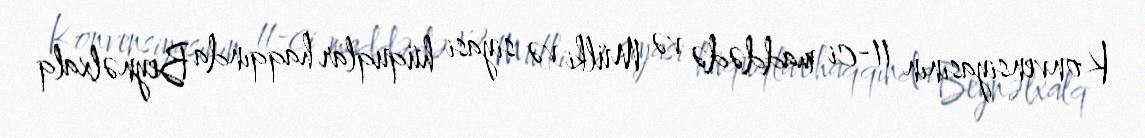
Konvensiyasının 11-ci maddədə və Mülki və siyasi hüquqlar haqqında Beynəlxalq